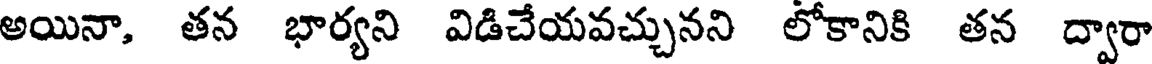
అయినా, తన భార్యని విడిచేయవచ్చునని లోకానికి తన ద్వారా